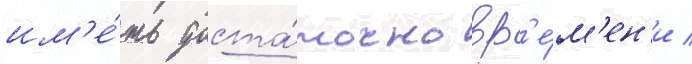
им'е́ть доста́точно вр'е́м'ен'и /